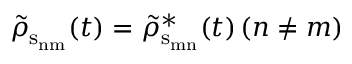
\tilde { \rho } _ { \mathrm { s _ { n m } } } ( t ) = \tilde { \rho } _ { \mathrm { s _ { m n } } } ^ { * } ( t ) \, ( n \neq m )